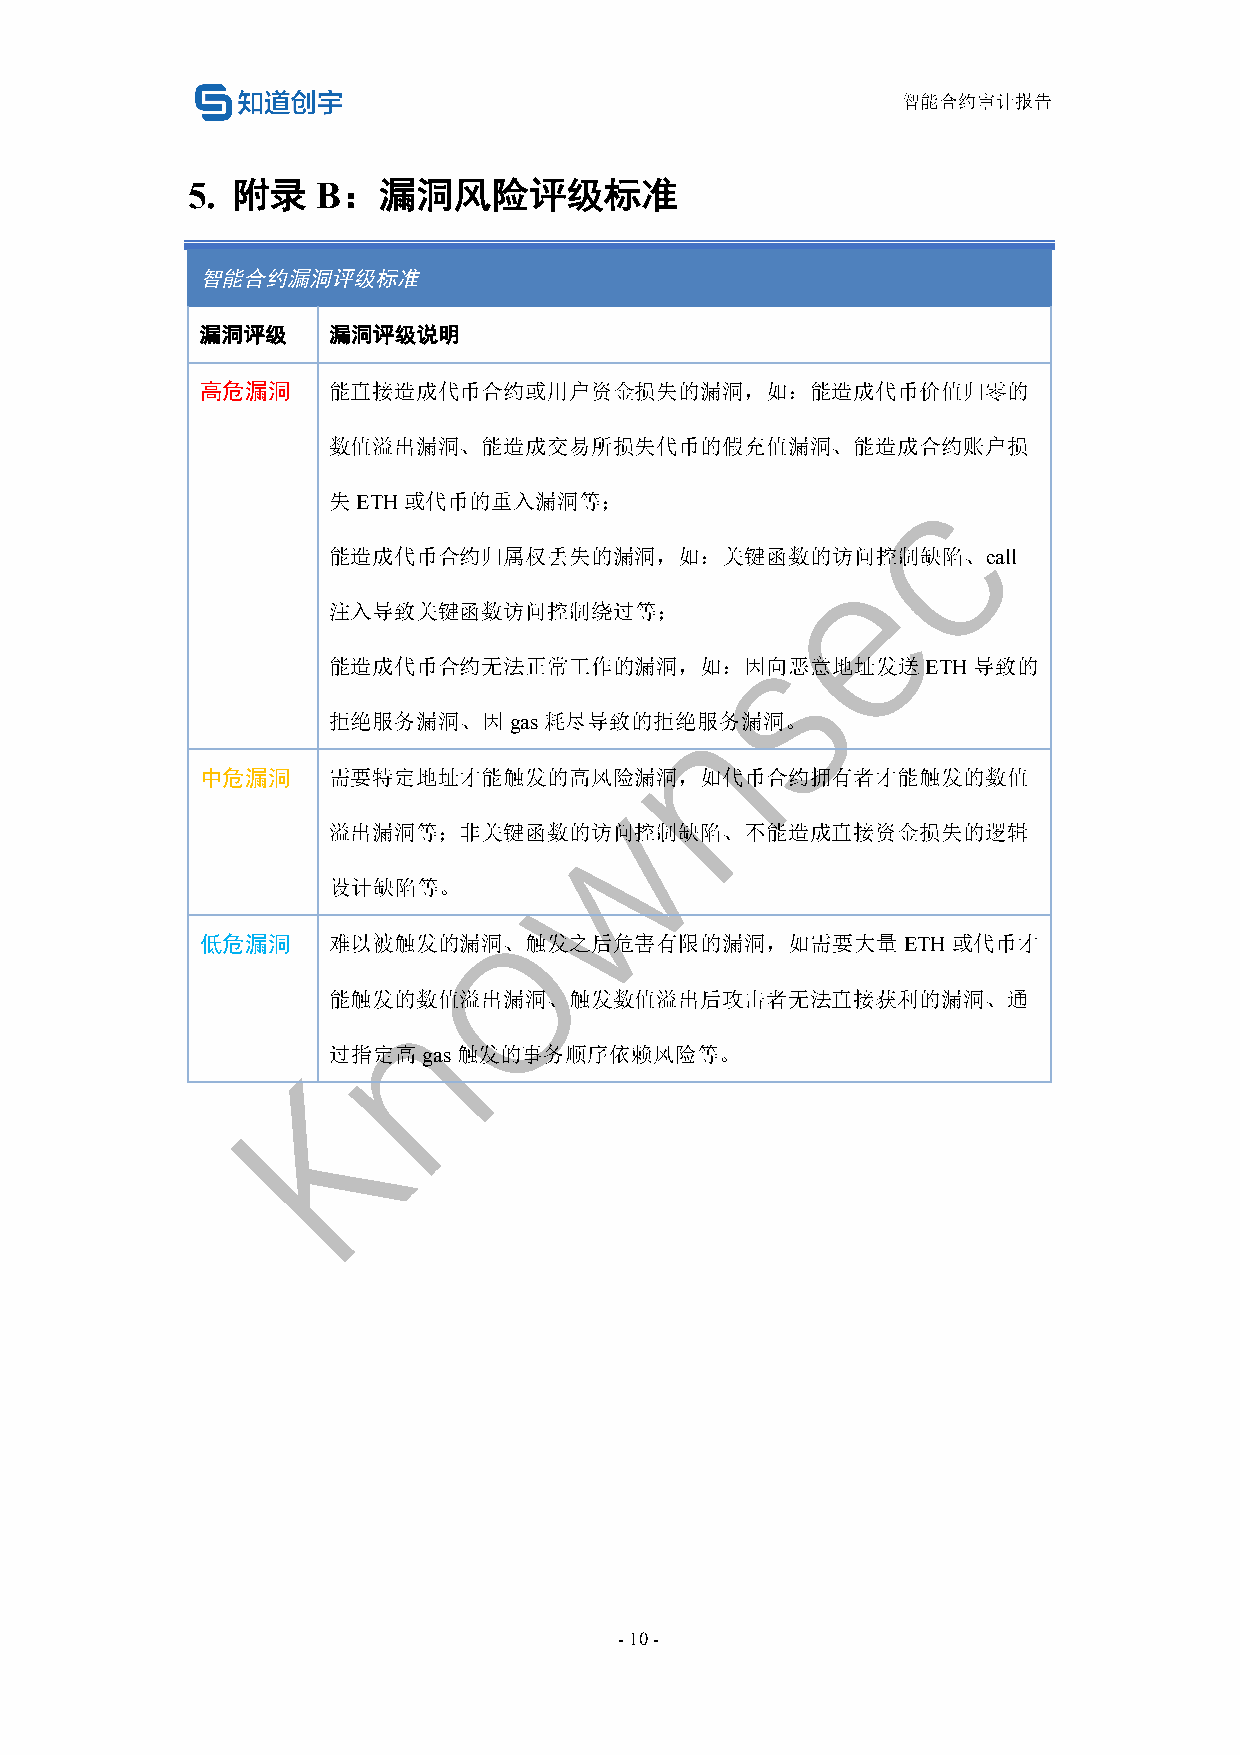
智能合约审计报告
 5. 附录    B：漏洞风险评级标准
 智能合约漏洞评级标准
 漏洞评级     漏洞评级说明
 高危漏洞     能直接造成代币合约或用户资金损失的漏洞，如：能造成代币价值归零的
 数值溢出漏洞、能造成交易所损失代币的假充值漏洞、能造成合约账户损
 失ETH或代币的重入漏洞等；
 能造成代币合约归属权丢失的漏洞，如：关键函数的访问控制缺陷、call
 注入导致关键函数访问控制绕过等；
 能造成代币合约无法正常工作的漏洞，如：因向恶意地址发送ETH导致的
 拒绝服务漏洞、因gas耗尽导致的拒绝服务漏洞。
 中危漏洞     需要特定地址才能触发的高风险漏洞，如代币合约拥有者才能触发的数值
 溢出漏洞等；非关键函数的访问控制缺陷、不能造成直接资金损失的逻辑
 设计缺陷等。
 低危漏洞     难以被触发的漏洞、触发之后危害有限的漏洞，如需要大量ETH或代币才
 能触发的数值溢出漏洞、触发数值溢出后攻击者无法直接获利的漏洞、通
 过指定高gas触发的事务顺序依赖风险等。
 - 10 -